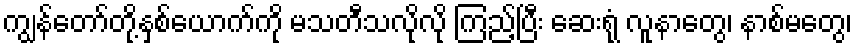
ကျွန်တော်တို့နှစ်ယောက်ကို မသတီသလိုလို ကြည့်ပြီး ဆေးရုံ လူနာတွေ၊ နာစ်မတွေ၊